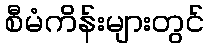
စီမံကိန်းများတွင်